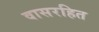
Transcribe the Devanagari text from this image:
वासरहित